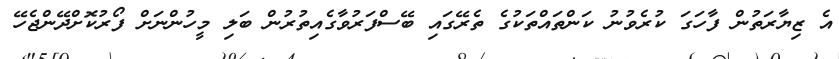
އެ ޒިޔާރަތުން ފާހަގަ ކުރެވުނު ކަންތައްތަކުގެ ތެރޭގައި ބޭސްފަރުވާގެއިތުރުން ބަލި މީހުންނަށް ފޯރުކޮށްދޭންޖެހޭ